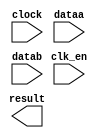
module fp_divider (
	clk_en,
	clock,
	dataa,
	datab,
	result)/* synthesis synthesis_clearbox = 1 */;

	input	  clk_en;
	input	  clock;
	input	[31:0]  dataa;
	input	[31:0]  datab;
	output	[31:0]  result;

endmodule